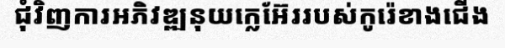
ជុំវិញការអភិវឌ្ឍនុយក្លេអ៊ែររបស់កូរ៉េខាងជើង